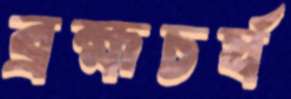
ব্রহ্মচর্য